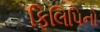
ફિલિપિનો